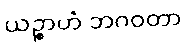
ယဉ္စာဟံ ဘဂဝတာ